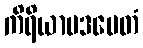
ကိရိယာပဒမေတံ